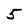
Character: 5